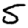
Digit: 5